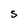
Character: S